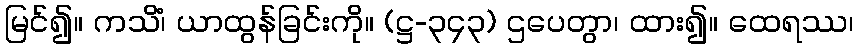
မြင်၍။ ကသိံ၊ ယာထွန်ခြင်းကို။ (ဋ္ဌ-၃၄၃) ဌပေတွာ၊ ထား၍။ ထေရဿ၊